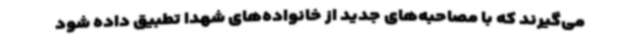
می‌گیرند که با مصاحبه‌های جدید از خانواده‌های شهدا تطبیق داده شود